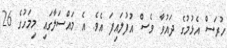
ހުރަސް އެޅުމުގެ ދައުވާ ވެސް އުފުލައިފަ އެވެ. އެ މައްސަލާގައި މިމަހުގެ 26